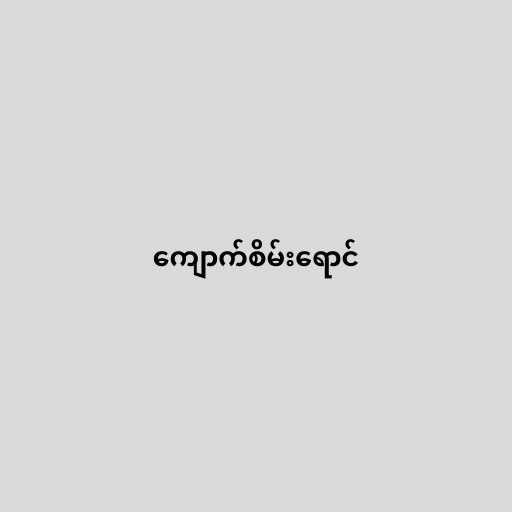
ကျောက်စိမ်းရောင်